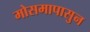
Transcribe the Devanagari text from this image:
मोसमापासुन